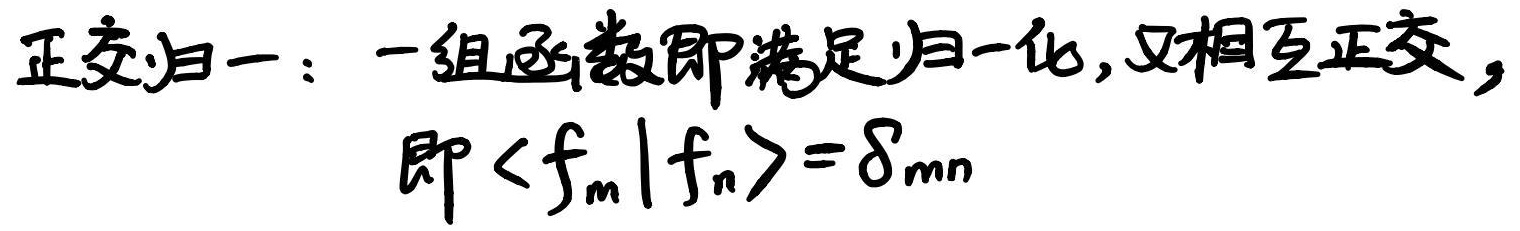
正交归一：一组函数既满足归一化，又相互正交，即\(\langle f_m|f_n\rangle = \delta_{mn}\)